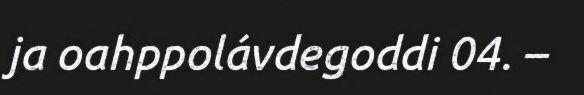
ja oahppolávdegoddi 04. –